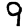
Digit: 9